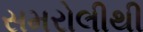
સમરોલીથી